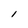
Character: l